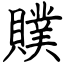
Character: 贌